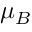
\mu _ { B }